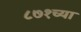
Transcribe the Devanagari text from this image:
८७१च्या